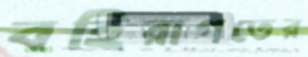
বহিরাগতের